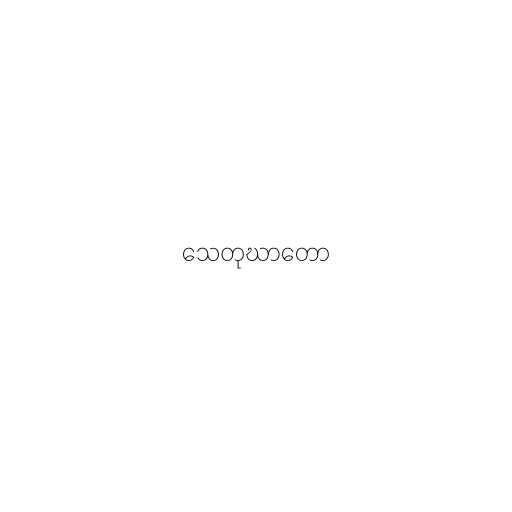
သေတုဃာတော